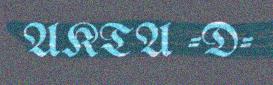
AKTA -D-